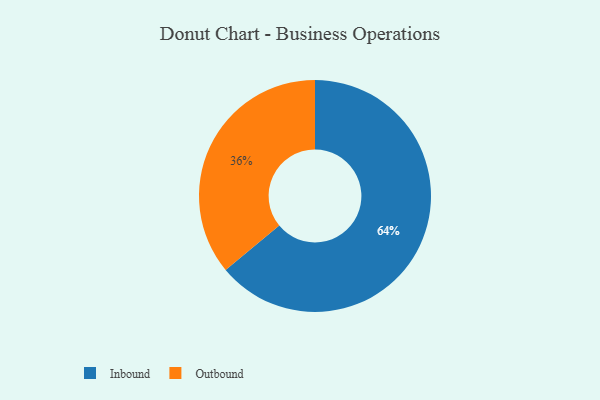
{"axis": {"x": "Category", "y": "Percentage"}, "legend": ["Inbound", "Outbound"], "data": [{"x": "Outbound", "y": 36, "type": "Outbound"}, {"x": "Inbound", "y": 64, "type": "Inbound"}]}